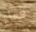
فعل